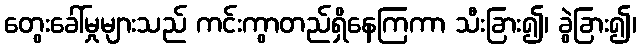
တွေးခေါ်မှုများသည် ကင်းကွာတည်ရှိနေကြကာ သီးခြား၍၊ ခွဲခြား၍၊